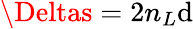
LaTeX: \Deltas=2n_{L}\mathrm{d}